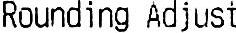
ROUNDING ADJUST